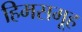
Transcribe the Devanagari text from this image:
हिमसमूह